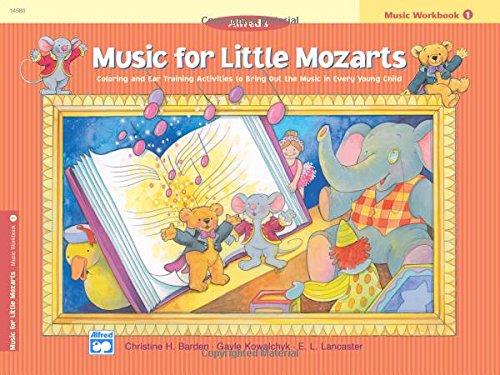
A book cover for Music for Little Mozarts: Music Workbook One (Music for Little Mozarts); Gayle Kowalchyk; Arts & Photography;